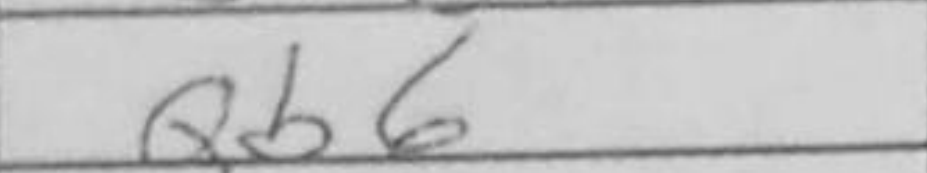
Transcription: Qb6